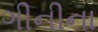
ગીનીના